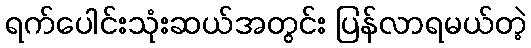
ရက်ပေါင်းသုံးဆယ်အတွင်း ပြန်လာရမယ်တဲ့